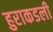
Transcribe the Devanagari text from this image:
हुराकडली